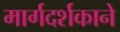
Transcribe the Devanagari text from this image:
मार्गदर्शकाने